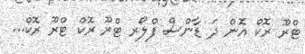
ޓްރޫ ރޮކް އޮން ދަ ޑާންސް ފްލޯރ ޓްރޫ ރޮކް ޓްރޫ ރޮކް...